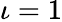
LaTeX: \iota=1